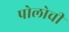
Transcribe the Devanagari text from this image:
पोलोची